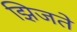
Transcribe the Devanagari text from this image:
झिजते